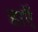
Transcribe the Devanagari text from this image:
हाएॅ